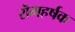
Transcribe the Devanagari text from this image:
रॊमहर्षक